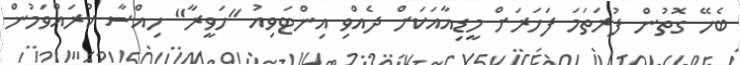
ބެހޭ ގޮތުން ފުރަތަމަ ފަހަރަށް މީޑިއާއަކަށް ދެއްވި އިންޓަވިއު "ހަވީރާ" ހިއްސާ ކުރައްވަމުން